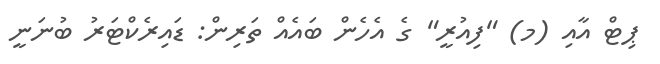
ޕިޓް އާއި (މ) "ފިއުރީ" ގެ އެހެން ބައެއް ތަރިން: ޑައިރެކްޓަރު ބުނަނީ